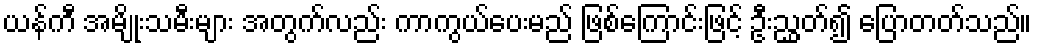
ယန်ကီ အမျိုးသမီးများ အတွက်လည်း ကာကွယ်ပေးမည် ဖြစ်ကြောင်းဖြင့် ဦးညွှတ်၍ ပြောတတ်သည်။